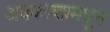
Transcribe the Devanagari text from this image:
अवकाशामधून